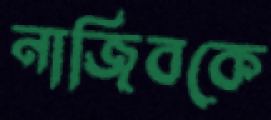
নাজিবকে